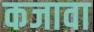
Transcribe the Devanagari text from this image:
कजावा